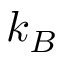
k _ { B }